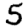
Digit: 5